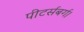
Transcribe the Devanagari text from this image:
पीटर्सबर्ग।